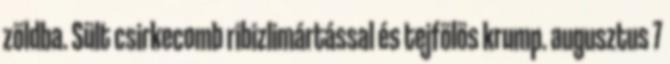
zöldba. Sült csirkecomb ribizlimártással és tejfölös krump. augusztus 7